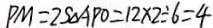
P M = 2 S _ { \Delta } A P O = 1 2 \times 2 \div 6 = 4